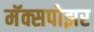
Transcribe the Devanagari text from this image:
मॅक्सपोझर